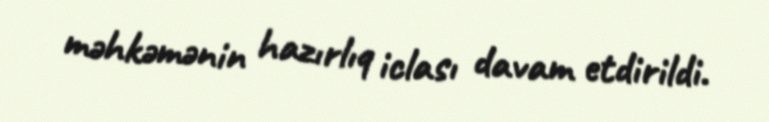
məhkəmənin hazırlıq iclası davam etdirildi.